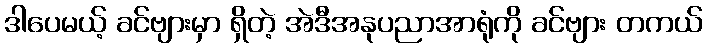
ဒါပေမယ့် ခင်ဗျားမှာ ရှိတဲ့ အဲဒီအနုပညာအာရုံကို ခင်ဗျား တကယ်